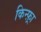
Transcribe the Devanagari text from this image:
किन्फ़्रा